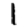
Digit: 1